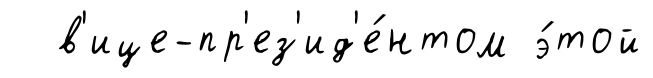
в'ице-пр'ез'ид'е́нтом э́той